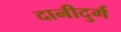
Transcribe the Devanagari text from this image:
दानीदुर्ग